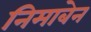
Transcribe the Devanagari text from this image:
निमाबेन